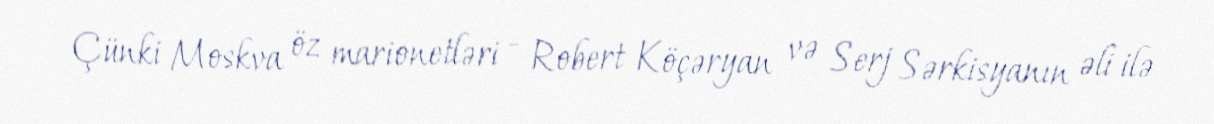
Çünki Moskva öz marionetləri - Robert Köçəryan və Serj Sərkisyanın əli ilə